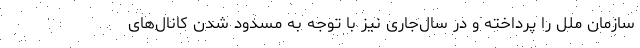
سازمان ملل را پرداخته و در سال‌جاری نیز با توجه به مسدود شدن کانال‌های